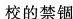
校的禁锢